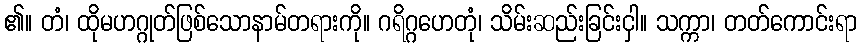
၏။ တံ၊ ထိုမဟဂ္ဂုတ်ဖြစ်သောနာမ်တရားကို။ ဂရိဂ္ဂဟေတုံ၊ သိမ်းဆည်းခြင်းငှါ။ သက္ကာ၊ တတ်ကောင်းရာ